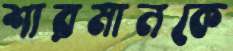
শারমানকে